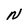
Character: N